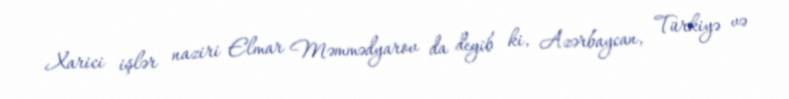
Xarici işlər naziri Elmar Məmmədyarov da deyib ki, Azərbaycan, Türkiyə və